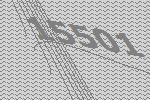
15501